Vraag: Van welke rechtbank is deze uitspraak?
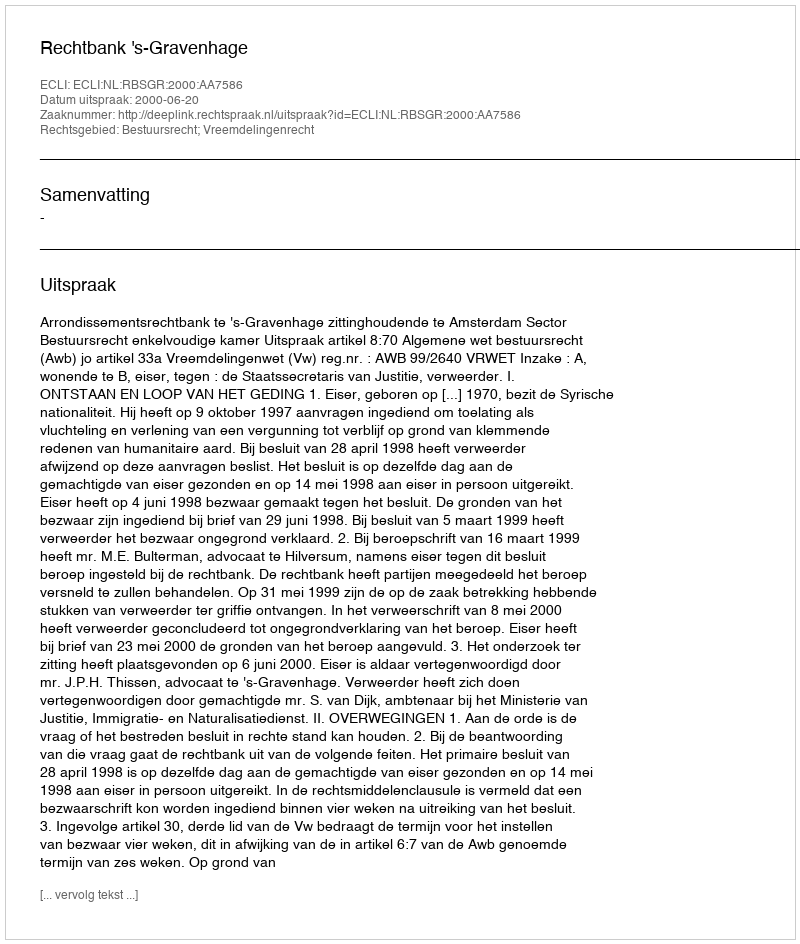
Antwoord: Rechtbank 's-Gravenhage